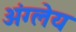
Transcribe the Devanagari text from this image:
अंग्लेय